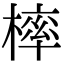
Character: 𣘚